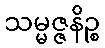
သမ္မဇ္ဇနိဉ္စ